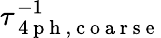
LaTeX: \tau_{\mathrm{~4~p~h~,~c~o~a~r~s~e~}}^{-1}